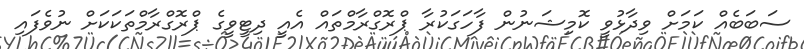
ސަބަބެއް ކަމަށް ވިދާޅުވީ ކޮމިޝަނުން ފާހަގަކުރާ ޕްރޮގްރާމްތައް އެއީ ދިޓީވީގެ ޕްރޮގްރާމްތަކަކަށް ނުވެފައި